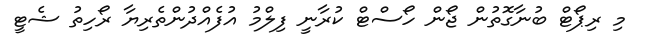
މި ރިޕޯޓް ބުނާގޮތުން ޖޯން ހޯސްޓް ކުރާނީ ފިލްމު އުފެއްދުންތެރިޔާ ރޯހިތު ޝެޓީ